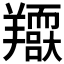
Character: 𦏥